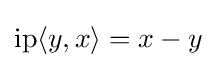
\operatorname {ip} \langle y,x\rangle =x-y